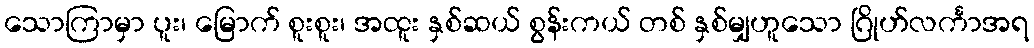
သောကြာမှာ ပူး၊ မြောက် စူးစူး၊ အထူး နှစ်ဆယ် စွန်းကယ် တစ် နှစ်မျှဟူသော ဂြိုဟ်လင်္ကာအရ